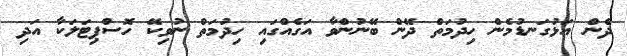
ދެން އަޅުގަނޑުމެން ހިދުމަތް ދޭން ބޭނުންވާ އަގެއްގައި ހިދުމަތް ނުވިކޭ ހޮސްޕިޓަލަކާ އަދި